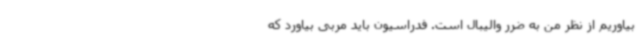
بیاوریم از نظر من به ضرر والیبال است. فدراسیون باید مربی بیاورد که